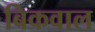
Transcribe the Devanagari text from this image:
बिकवाल